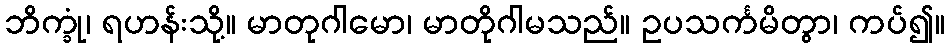
ဘိက္ခုံ၊ ရဟန်းသို့။ မာတုဂါမော၊ မာတိုဂါမသည်။ ဥပသင်္ကမိတွာ၊ ကပ်၍။